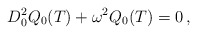
\begin{align*}D_{0}^{2}Q_{0}(T)+\omega ^{2}Q_{0}(T)=0\, ,\end{align*}